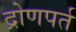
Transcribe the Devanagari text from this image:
द्रोणपर्त